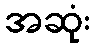
အဆုံး